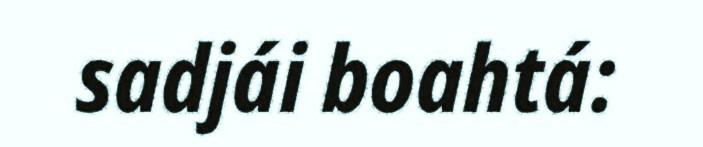
sadjái boahtá: